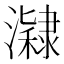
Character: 𤂰